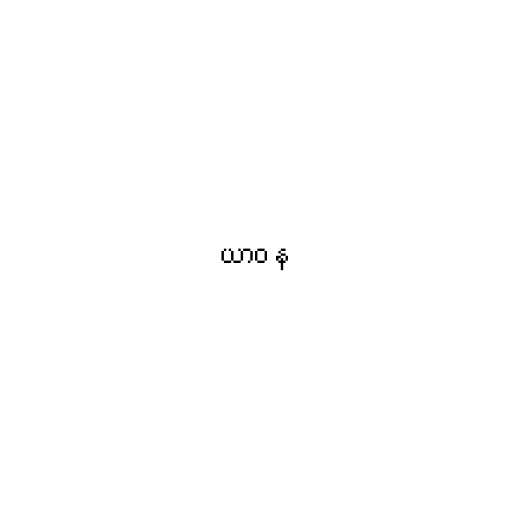
ယာဝ န